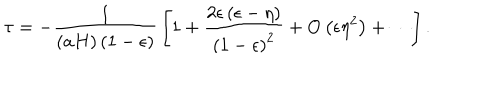
LaTeX: \tau = - { \frac { 1 } { \left( a H \right) \left( 1 - \epsilon \right) } } \left[ 1 + { \frac { 2 \epsilon \left( \epsilon - \eta \right) } { \left( 1 - \epsilon \right) ^ { 2 } } } + \mathrm { O } \left( \epsilon \eta ^ { 2 } \right) + \cdots \right] .